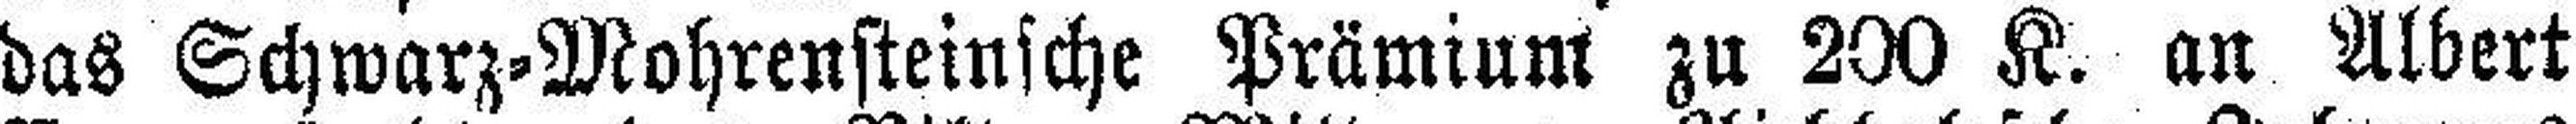
das Schwarz=Mohrensteinsche Prämium zu 200 K. an Albert